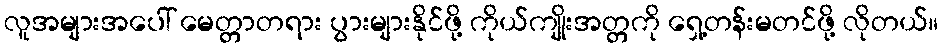
လူအများအပေါ် မေတ္တာတရား ပွားများနိုင်ဖို့ ကိုယ်ကျိုးအတ္တကို ရှေ့တန်းမတင်ဖို့ လိုတယ်။